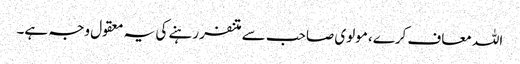
اللہ معاف کرے، مولوی صاحب سے متنفر رہنے کی یہ معقول وجہ ہے۔